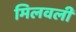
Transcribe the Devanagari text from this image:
मिलवली